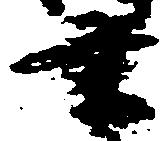
業